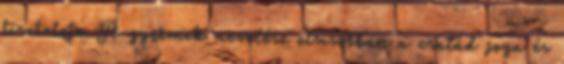
tisztelete A gyermek nevelése elsısorban a család joga és